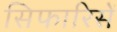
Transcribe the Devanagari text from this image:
सिफारिसें